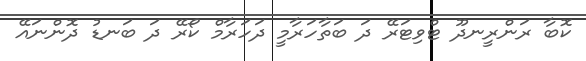
ކޮބާ ރަންރީނދޫ ޓްވިޓަރޭ ދަ ބަތާހަރާމީ ދަހަރާމް ކޯރޭ ދަ ބަނޑު ދޮންނައޭ